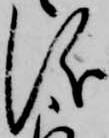
儀